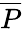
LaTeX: \overline{{P}}